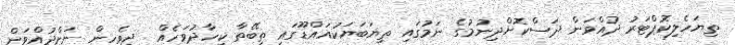
ތިޔަހެލިކޮޕްޓަރު ދުއްވަން ދަސްކޮށްދިނުމުގެ ނަމުގައި ތިޔަބަޔަކުއައްޑޫގައި ތިބޭތާ ކިހާދުވަހެއް  ދިވެހިން ނަށްދުއްވަން